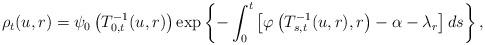
LaTeX: \begin{align*}\rho_t (u,r) = \psi_0 \left(T^{-1}_{0,t}(u,r)\right)\exp \left\{ - \int_0^t \left[ \varphi\left( T^{-1}_{s,t}(u,r),r\right) - \alpha - \lambda_r \right] ds \right\},\end{align*}